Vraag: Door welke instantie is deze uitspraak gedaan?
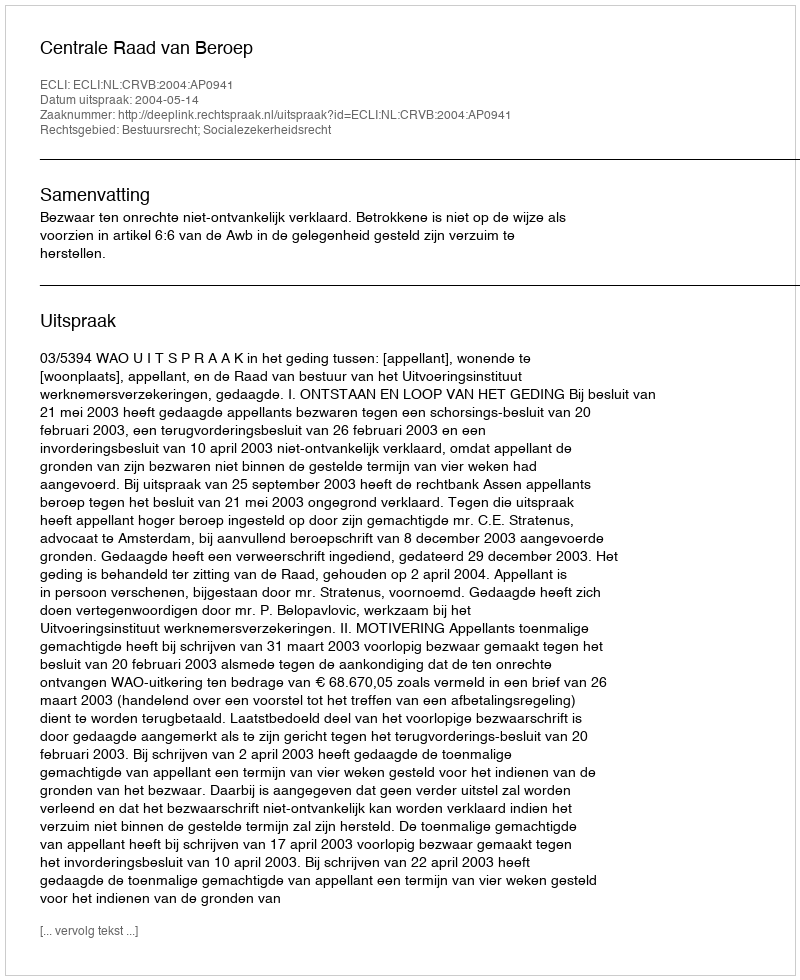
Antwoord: Centrale Raad van Beroep